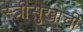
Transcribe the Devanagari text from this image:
स्त्रीसुखाची